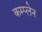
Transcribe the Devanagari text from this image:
कम्प्लेन